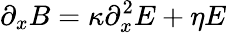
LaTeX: \partial_{x}B=\kappa\partial_{x}^{2}E+\eta E